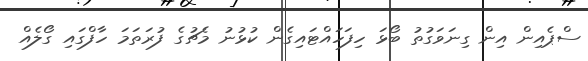
ސްޕެއިން އިން ގިނަވަގުތު ބޯޅަ ހިފަހައްޓައިގެން ކުޅުނު މެޗުގެ ފުރަތަމަ ހާފްގައި ގޯލެއް